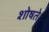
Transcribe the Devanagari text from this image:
शोषते